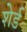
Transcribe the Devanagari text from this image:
शेर्ड